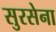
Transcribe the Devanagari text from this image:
सुरसेना